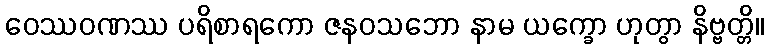
ဝေဿဝဏဿ ပရိစာရကော ဇနဝသဘော နာမ ယက္ခော ဟုတွာ နိဗ္ဗတ္တိ။